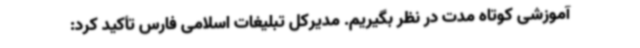
آموزشی کوتاه مدت در نظر بگیریم. مدیرکل تبلیغات اسلامی فارس تأکید کرد: